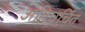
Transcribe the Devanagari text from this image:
अतिचर्चित